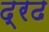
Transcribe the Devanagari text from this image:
द्रढ